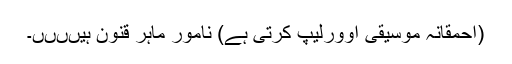
(احمقانہ موسیقی اوورلیپ کرتی ہے) نامور ماہر قنون ہیںںںں۔